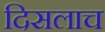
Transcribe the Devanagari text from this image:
दिसलाच